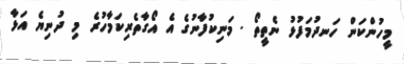
މީހުންކަން ހަނދުމަފުޅު ނެތީތޯ . މަނިކުފާނުގެ އެ އޯގާތެރިކަމާހުރެ މި ދުނިޔެ އަޅާ